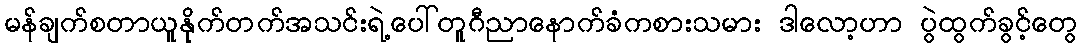
မန်ချက်စတာယူနိုက်တက်အသင်းရဲ့ပေါ်တူဂီညာနောက်ခံကစားသမား ဒါလော့ဟာ ပွဲထွက်ခွင့်တွေ